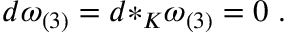
d \omega _ { ( 3 ) } = d { * _ { K } } \omega _ { ( 3 ) } = 0 \ .